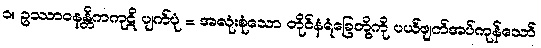
၁။ ဥဿာဝနန္တိကကုဋိ ပျက်ပုံ = အလုံးစုံသော တိုင်နံရံခြေတို့ကို ပယ်ဖျက်အပ်ကုန်သော်